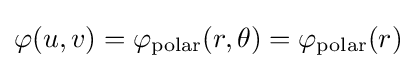
\varphi (u,v)=\varphi _{\text{polar}}(r,\theta )=\varphi _{\text{polar}}(r)